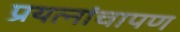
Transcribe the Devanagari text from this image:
प्रयत्नांचापण